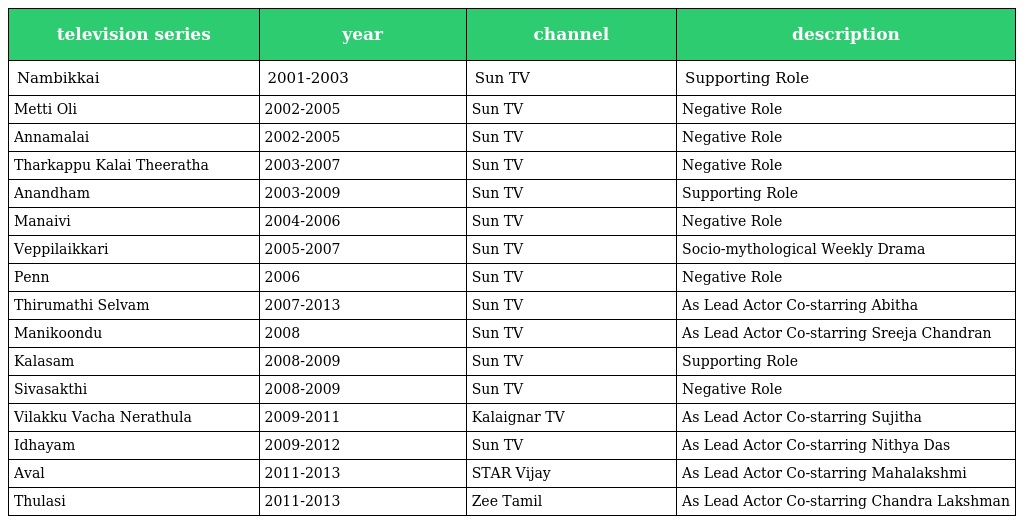
| television series | year | channel | description |
 | --- | --- | --- | --- |
 | Nambikkai | 2001-2003 | Sun TV | Supporting Role |
 | Metti Oli | 2002-2005 | Sun TV | Negative Role |
 | Annamalai | 2002-2005 | Sun TV | Negative Role |
 | Tharkappu Kalai Theeratha | 2003-2007 | Sun TV | Negative Role |
 | Anandham | 2003-2009 | Sun TV | Supporting Role |
 | Manaivi | 2004-2006 | Sun TV | Negative Role |
 | Veppilaikkari | 2005-2007 | Sun TV | Socio-mythological Weekly Drama |
 | Penn | 2006 | Sun TV | Negative Role |
 | Thirumathi Selvam | 2007-2013 | Sun TV | As Lead Actor Co-starring Abitha |
 | Manikoondu | 2008 | Sun TV | As Lead Actor Co-starring Sreeja Chandran |
 | Kalasam | 2008-2009 | Sun TV | Supporting Role |
 | Sivasakthi | 2008-2009 | Sun TV | Negative Role |
 | Vilakku Vacha Nerathula | 2009-2011 | Kalaignar TV | As Lead Actor Co-starring Sujitha |
 | Idhayam | 2009-2012 | Sun TV | As Lead Actor Co-starring Nithya Das |
 | Aval | 2011-2013 | STAR Vijay | As Lead Actor Co-starring Mahalakshmi |
 | Thulasi | 2011-2013 | Zee Tamil | As Lead Actor Co-starring Chandra Lakshman |